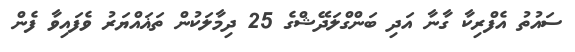
ސައުތު އެފްރިކާ ގާނާ އަދި ބަންގްލަދޭޝްގެ 25 ދިމާލަކުން ތަޣައްޔަރު ވެފައިވާ ފެން